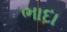
ભાદા